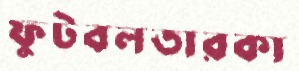
ফুটবলতারকা